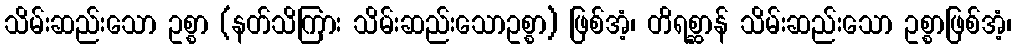
သိမ်းဆည်းသော ဥစ္စာ (နတ်သိကြား သိမ်းဆည်းသောဥစ္စာ) ဖြစ်အံ့၊ တိရစ္ဆာန် သိမ်းဆည်းသော ဥစ္စာဖြစ်အံ့၊